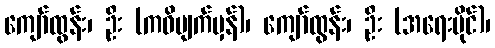
ကျော်ထွန်း၊ ဦး (ကဝိမျက်မှန်)၊ ကျော်ထွန်း၊ ဦး (အရေးပိုင်)၊